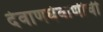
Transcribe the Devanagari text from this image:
देवाणघेवाणीची